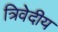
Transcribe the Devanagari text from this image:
त्रिवेदीय